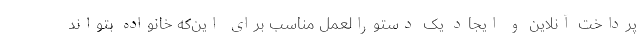
پرداخت آنلاین و ایجاد یک دستورالعمل مناسب برای این‌که خانواده بتواند